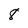
Character: 8